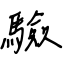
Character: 驗